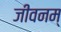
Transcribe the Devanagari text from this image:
जीवनम्